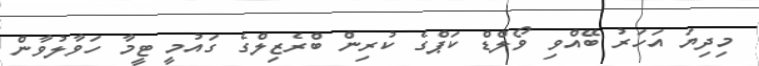
މިދިޔަ އަހަރު ބޭއްވި ވޯލްޑް ކަޕްގެ ކުރިން ބްރެޒިލްގެ ގައުމީ ޓީމާ ހަވާލުވާން